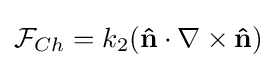
{\mathcal {F}}_{Ch}=k_{2}(\mathbf {\hat {n}} \cdot \nabla \times \mathbf {\hat {n}} )